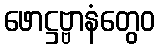
ဖောဋ္ဌဗ္ဗာနံတွေဝ